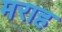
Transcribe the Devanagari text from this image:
मराह